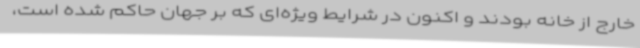
خارج از خانه بودند و اکنون در شرایط ویژه‌ای که بر جهان حاکم شده است،